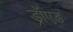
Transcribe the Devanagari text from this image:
ड्रॉएड